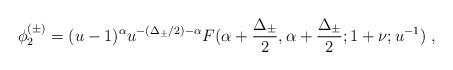
LaTeX: \begin{align*}\phi _{2}^{(\pm )}=(u-1)^{\alpha }u^{-(\Delta _{\pm }/2)-\alpha }F(\alpha + \frac{\Delta _{\pm }}{2},\alpha +\frac{\Delta _{\pm }}{2};1+\nu ;u^{-1})\ ,\end{align*}